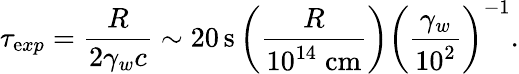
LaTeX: \tau_{\mathrm{e}xp}=\frac{{R}}{{2\gamma_{w}c}}\sim20\, \mathrm{{s}}\left(\frac{{R}}{{10^{14}\mathrm{{\; cm}}}}\right)\left(\frac{{\gamma_{w}}}{{10^{2}}}\right)^{-1}.